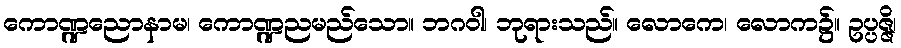
ကောဏ္ဍညောနာမ၊ ကောဏ္ဍညမည်သော။ ဘဂဝါ၊ ဘုရားသည်။ လောကေ၊ လောက၌။ ဥပ္ပဇ္ဇိ၊